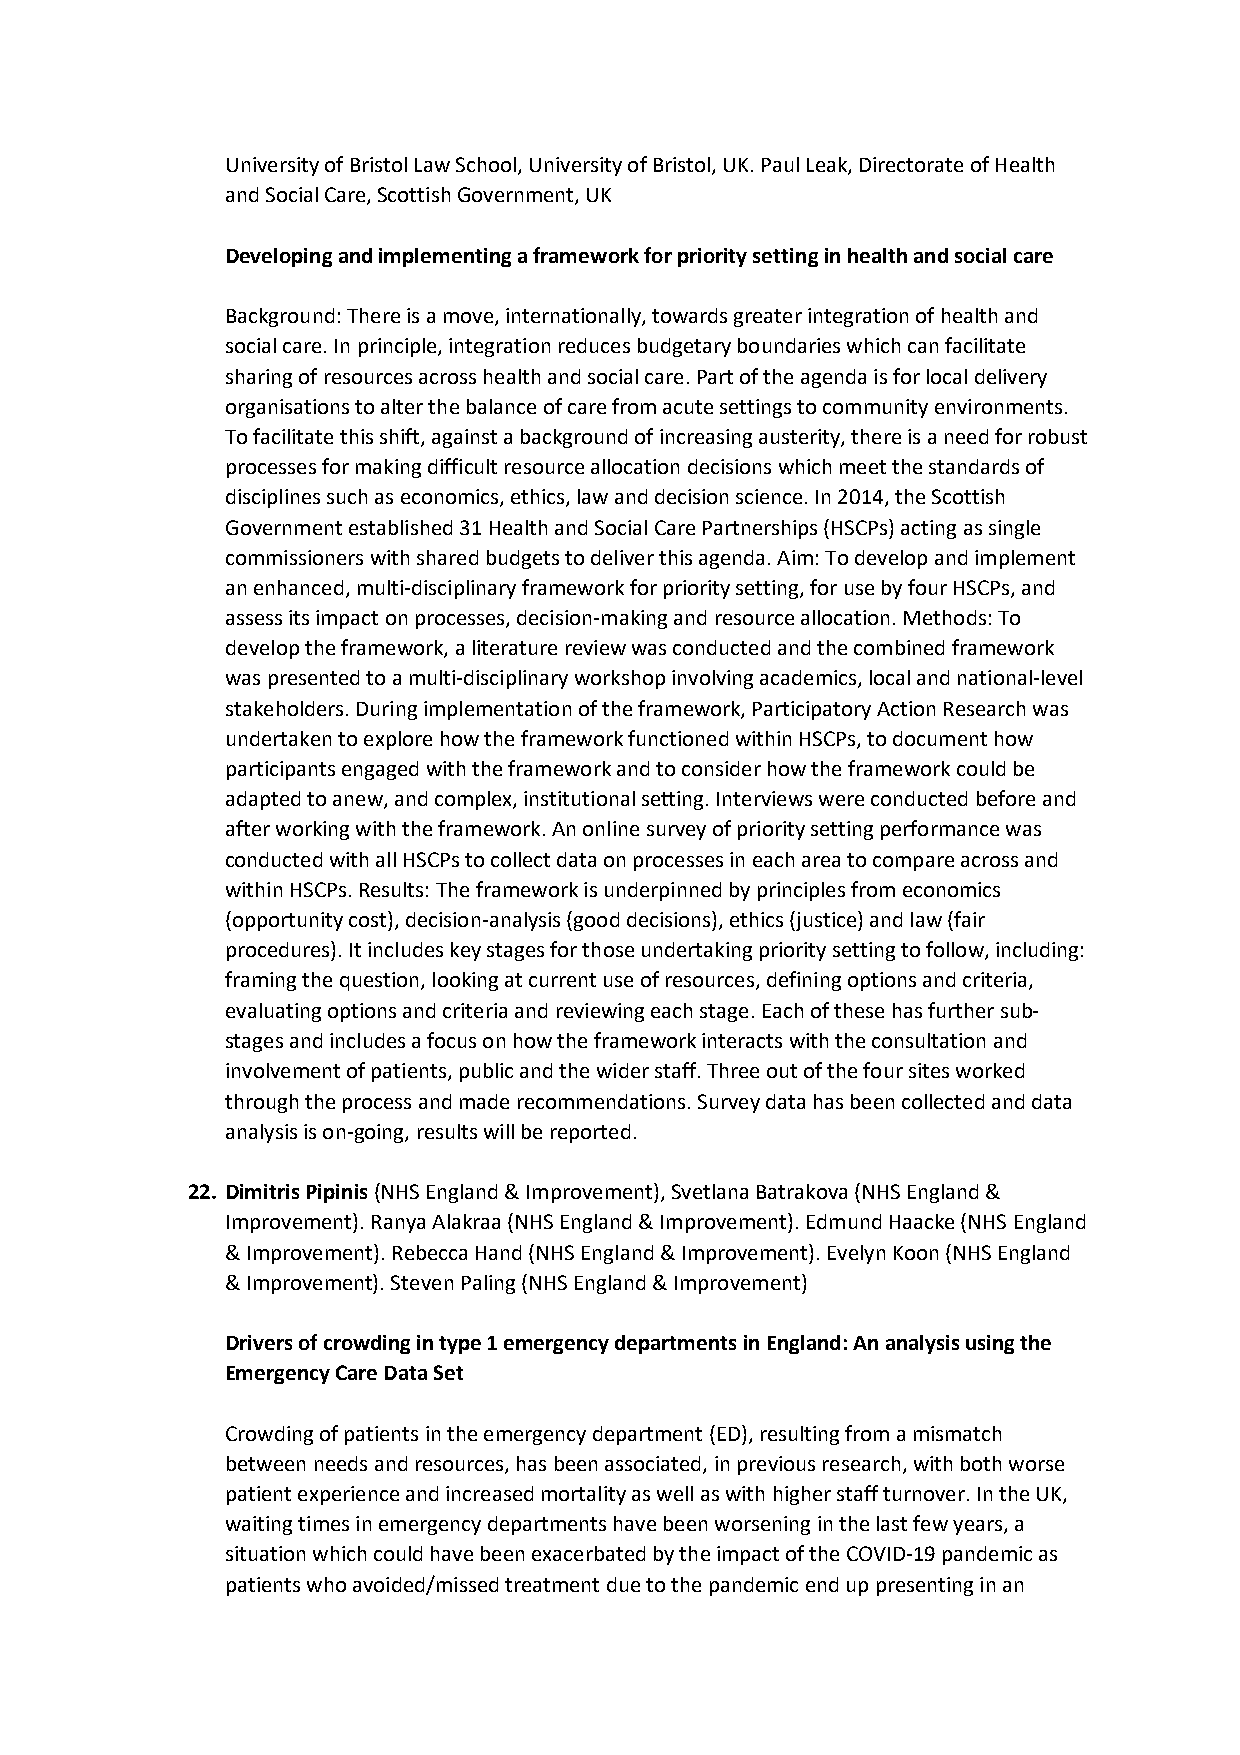
University of Bristol Law School, University of Bristol, UK. Paul Leak, Directorate of Health
 and Social Care, Scottish Government, UK
 Developing and implementing a framework for priority setting in health and social care
 Background: There is a move, internationally, towards greater integration of health and
 social care. In principle, integration reduces budgetary boundaries which can facilitate
 sharing of resources across health and social care. Part of the agenda is for local delivery
 organisations to alter the balance of care from acute settings to community environments.
 To facilitate this shift, against a background of increasing austerity, there is a need for robust
 processes for making difficult resource allocation decisions which meet the standards of
 disciplines such as economics, ethics, law and decision science. In 2014, the Scottish
 Government established 31 Health and Social Care Partnerships (HSCPs) acting as single
 commissioners with shared budgets to deliver this agenda. Aim: To develop and implement
 an enhanced, multi-disciplinary framework for priority setting, for use by four HSCPs, and
 assess its impact on processes, decision-making and resource allocation. Methods: To
 develop the framework, a literature review was conducted and the combined framework
 was presented to a multi-disciplinary workshop involving academics, local and national-level
 stakeholders. During implementation of the framework, Participatory Action Research was
 undertaken to explore how the framework functioned within HSCPs, to document how
 participants engaged with the framework and to consider how the framework could be
 adapted to anew, and complex, institutional setting. Interviews were conducted before and
 after working with the framework. An online survey of priority setting performance was
 conducted with all HSCPs to collect data on processes in each area to compare across and
 within HSCPs. Results: The framework is underpinned by principles from economics
 (opportunity cost), decision-analysis (good decisions), ethics (justice) and law (fair
 procedures). It includes key stages for those undertaking priority setting to follow, including:
 framing the question, looking at current use of resources, defining options and criteria,
 evaluating options and criteria and reviewing each stage. Each of these has further sub-
 stages and includes a focus on how the framework interacts with the consultation and
 involvement of patients, public and the wider staff. Three out of the four sites worked
 through the process and made recommendations. Survey data has been collected and data
 analysis is on-going, results will be reported.
 22. Dimitris Pipinis (NHS England & Improvement), Svetlana Batrakova (NHS England &
 Improvement). Ranya Alakraa (NHS England & Improvement). Edmund Haacke (NHS England
 & Improvement). Rebecca Hand (NHS England & Improvement). Evelyn Koon (NHS England
 & Improvement). Steven Paling (NHS England & Improvement)
 Drivers of crowding in type 1 emergency departments in England: An analysis using the
 Emergency Care Data Set
 Crowding of patients in the emergency department (ED), resulting from a mismatch
 between needs and resources, has been associated, in previous research, with both worse
 patient experience and increased mortality as well as with higher staff turnover. In the UK,
 waiting times in emergency departments have been worsening in the last few years, a
 situation which could have been exacerbated by the impact of the COVID-19 pandemic as
 patients who avoided/missed treatment due to the pandemic end up presenting in an